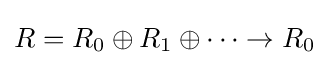
R=R_{0}\oplus R_{1}\oplus \cdots \to R_{0}